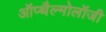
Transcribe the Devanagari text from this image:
ऑप्थैल्मोलॉजी